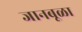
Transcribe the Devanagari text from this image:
जानबूळा